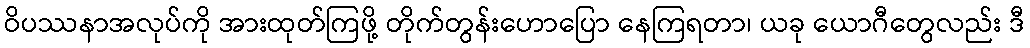
ဝိပဿနာအလုပ်ကို အားထုတ်ကြဖို့ တိုက်တွန်းဟောပြော နေကြရတာ၊ ယခု ယောဂီတွေလည်း ဒီ